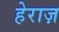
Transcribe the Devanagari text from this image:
हेराज़